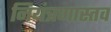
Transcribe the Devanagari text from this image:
नियंत्रणास्तव